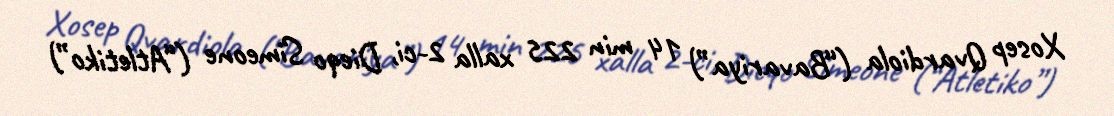
Xosep Qvardiola (“Bavariya”) 14 min 225 xalla 2-ci, Dieqo Simeone (“Atletiko”)